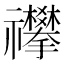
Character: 𥜳